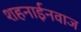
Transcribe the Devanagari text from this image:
शहनाईनवाज